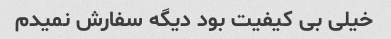
خیلی بی کیفیت بود دیگه سفارش نمیدم